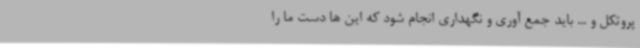
پروتکل و ... باید جمع آوری و نگهداری انجام شود که این ها دست ما را